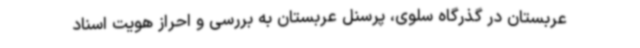
عربستان در گذرگاه سلوی، پرسنل عربستان به بررسی و احراز هویت اسناد